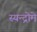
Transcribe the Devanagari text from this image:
स्यन्द्रोमे